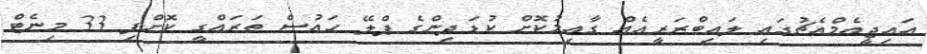
އައިޖީއެމްއެޗުގައި ލައިބްރަރީއެއް ގާއިމުކޮށް ކުޑަދިންގެ ޕްލޭ ހައުސް ތަރައްގީ ކޮށްފި 33 މިނެޓް